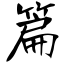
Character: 篇